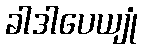
ခါဒါပေယျုံ